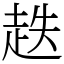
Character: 趃